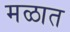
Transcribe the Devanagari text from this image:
मळात